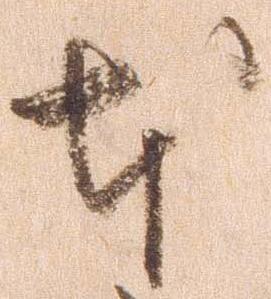
本